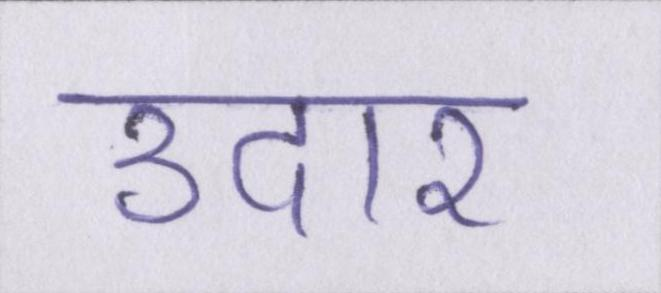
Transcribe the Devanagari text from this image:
उदार